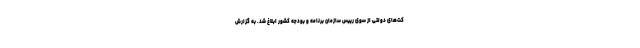
کت‌های دولتی از سوی رییس سازمان برنامه و بودجه کشور ابلاغ شد. به گزارش